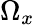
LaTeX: \Omega_{x}